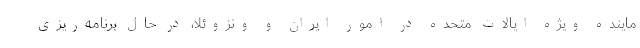
ماینده ویژه ایالات متحده در امور ایران و ونزوئلا، در حال برنامه‌ریزی